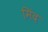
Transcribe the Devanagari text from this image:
मिंद